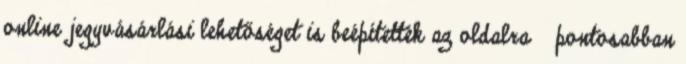
online jegyvásárlási lehetőséget is beépítették az oldalra — pontosabban